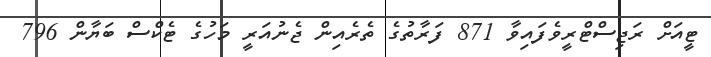
ޓީއަށް ރަޖިސްޓްރީވެފައިވާ 871 ފަރާތުގެ ތެރެއިން ޖެނުއަރީ މަހުގެ ޓެކްސް ބަޔާން 796